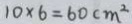
1 0 \times 6 = 6 0 c m ^ { 2 }